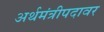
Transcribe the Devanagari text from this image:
अर्थमंत्रीपदावर